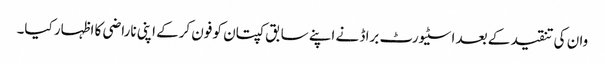
وان کی تنقید کے بعد اسٹیورٹ براڈ نے اپنے سابق کپتان کو فون کرکے اپنی ناراضی کا اظہار کیا۔